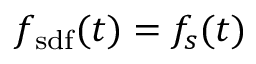
f _ { \mathrm { s d f } } ( t ) = f _ { s } ( t )